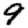
Digit: 9